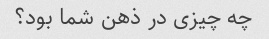
چه چیزی در ذهن شما بود؟